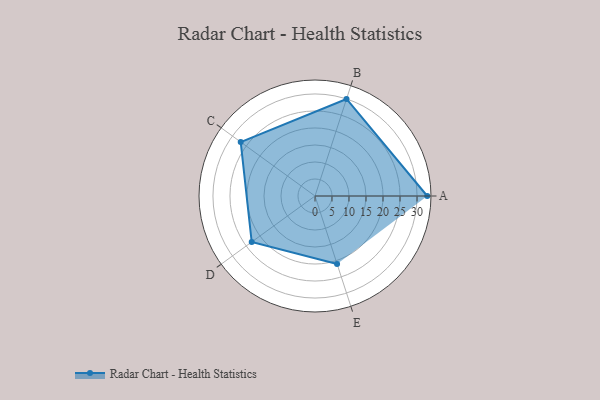
{"axis": {"x": "Skill", "y": "Score"}, "legend": ["Profile"], "data": [{"x": "A", "y": 33.0, "type": "Profile"}, {"x": "B", "y": 30.0, "type": "Profile"}, {"x": "C", "y": 27.0, "type": "Profile"}, {"x": "D", "y": 23.0, "type": "Profile"}, {"x": "E", "y": 21.0, "type": "Profile"}]}